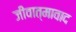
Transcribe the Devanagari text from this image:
जीवात्मावाद